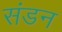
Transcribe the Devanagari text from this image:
संडन